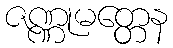
ဇဏ္ဏုမတ္တေန